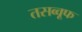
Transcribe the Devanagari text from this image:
तसव्वूफ